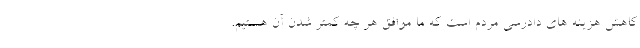
کاهش هزینه های دادرسی مردم است که ما موافق هر چه کمتر شدن آن هستیم.